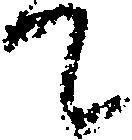
て